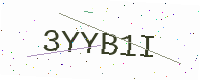
Text: 3YYB1I